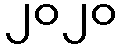
၂၀၂၀